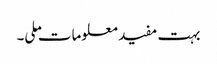
بہت مفید معلومات ملی۔